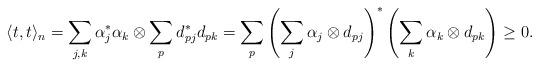
LaTeX: \begin{gather*}\langle t, t\rangle_n=\sum\limits_{j,k} \alpha_j^*\alpha_k \otimes \sum\limits_p d^*_{pj}d_{pk}=\sum\limits_p\left(\sum\limits_j \alpha_j\otimes d_{pj}\right)^*\left(\sum\limits_k \alpha_k \otimes d_{pk}\right) \geq 0.\end{gather*}